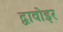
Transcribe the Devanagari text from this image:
द्वावोइर